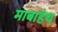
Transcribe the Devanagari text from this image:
माबाहेथ